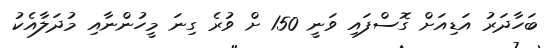
ބަހާދަރު އަޑިއަށް ގޮސްފައި ވަނީ 150 ށް ވުރެ ގިނަ މީހުންނާއި މުދަލާއެކު